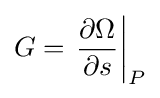
G=\left.{\frac {\partial \Omega }{\partial s}}\right|_{P}